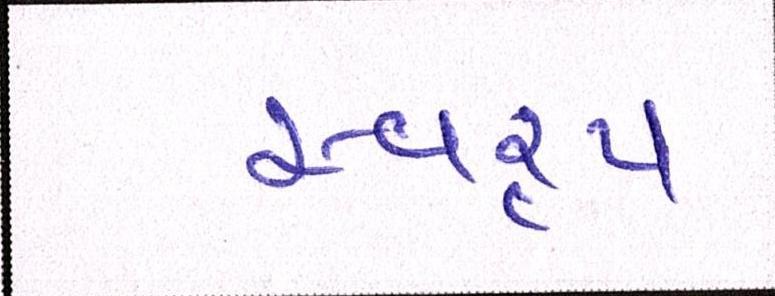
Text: સ્વરૃપ